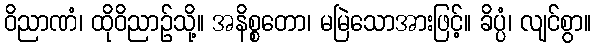
ဝိညာဏံ၊ ထိုဝိညာဉ်သို့။ အနိစ္စတော၊ မမြဲသောအားဖြင့်။ ခိပ္ပံ၊ လျင်စွာ။